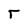
Character: T